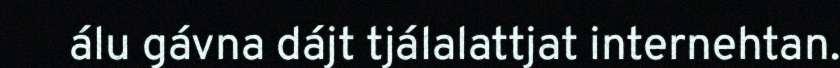
álu gávna dájt tjálalattjat internehtan.